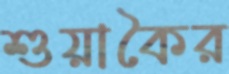
শুয়াকৈর